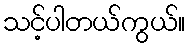
သင့်ပါတယ်ကွယ်။